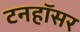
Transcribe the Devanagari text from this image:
टनहॉसर